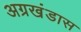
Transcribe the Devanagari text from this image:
अग्रखंडास